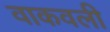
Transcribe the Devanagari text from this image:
वाकवली